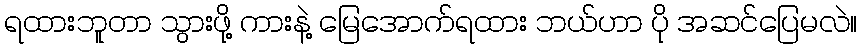
ရထားဘူတာ သွားဖို့ ကားနဲ့ မြေအောက်ရထား ဘယ်ဟာ ပို အဆင်ပြေမလဲ။